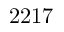
2 2 1 7